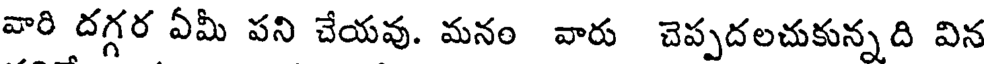
వారి దగ్గర ఏమీ పని చేయవు. మనం వారు చెప్పదలచుకున్నది విన